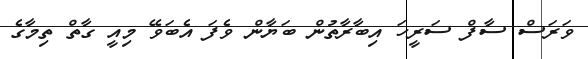
ވަރަސް ސާފް ސަރީހަ އިބާރާތުން ބަޔާން ވެފަ އެބަވޭ މިއީ ގާތް ތިމާގެ